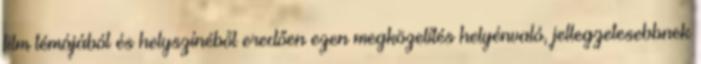
film témájából és helyszínéből eredően ezen megközelítés helyénvaló, jellegzetesebbnek